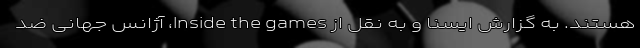
هستند. به گزارش ایسنا و به نقل از Inside the games، آژانس جهانی ضد